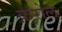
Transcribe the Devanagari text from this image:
क़रोल